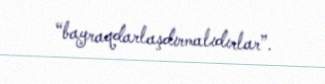
“bayraqdarlaşdırmalıdırlar”.